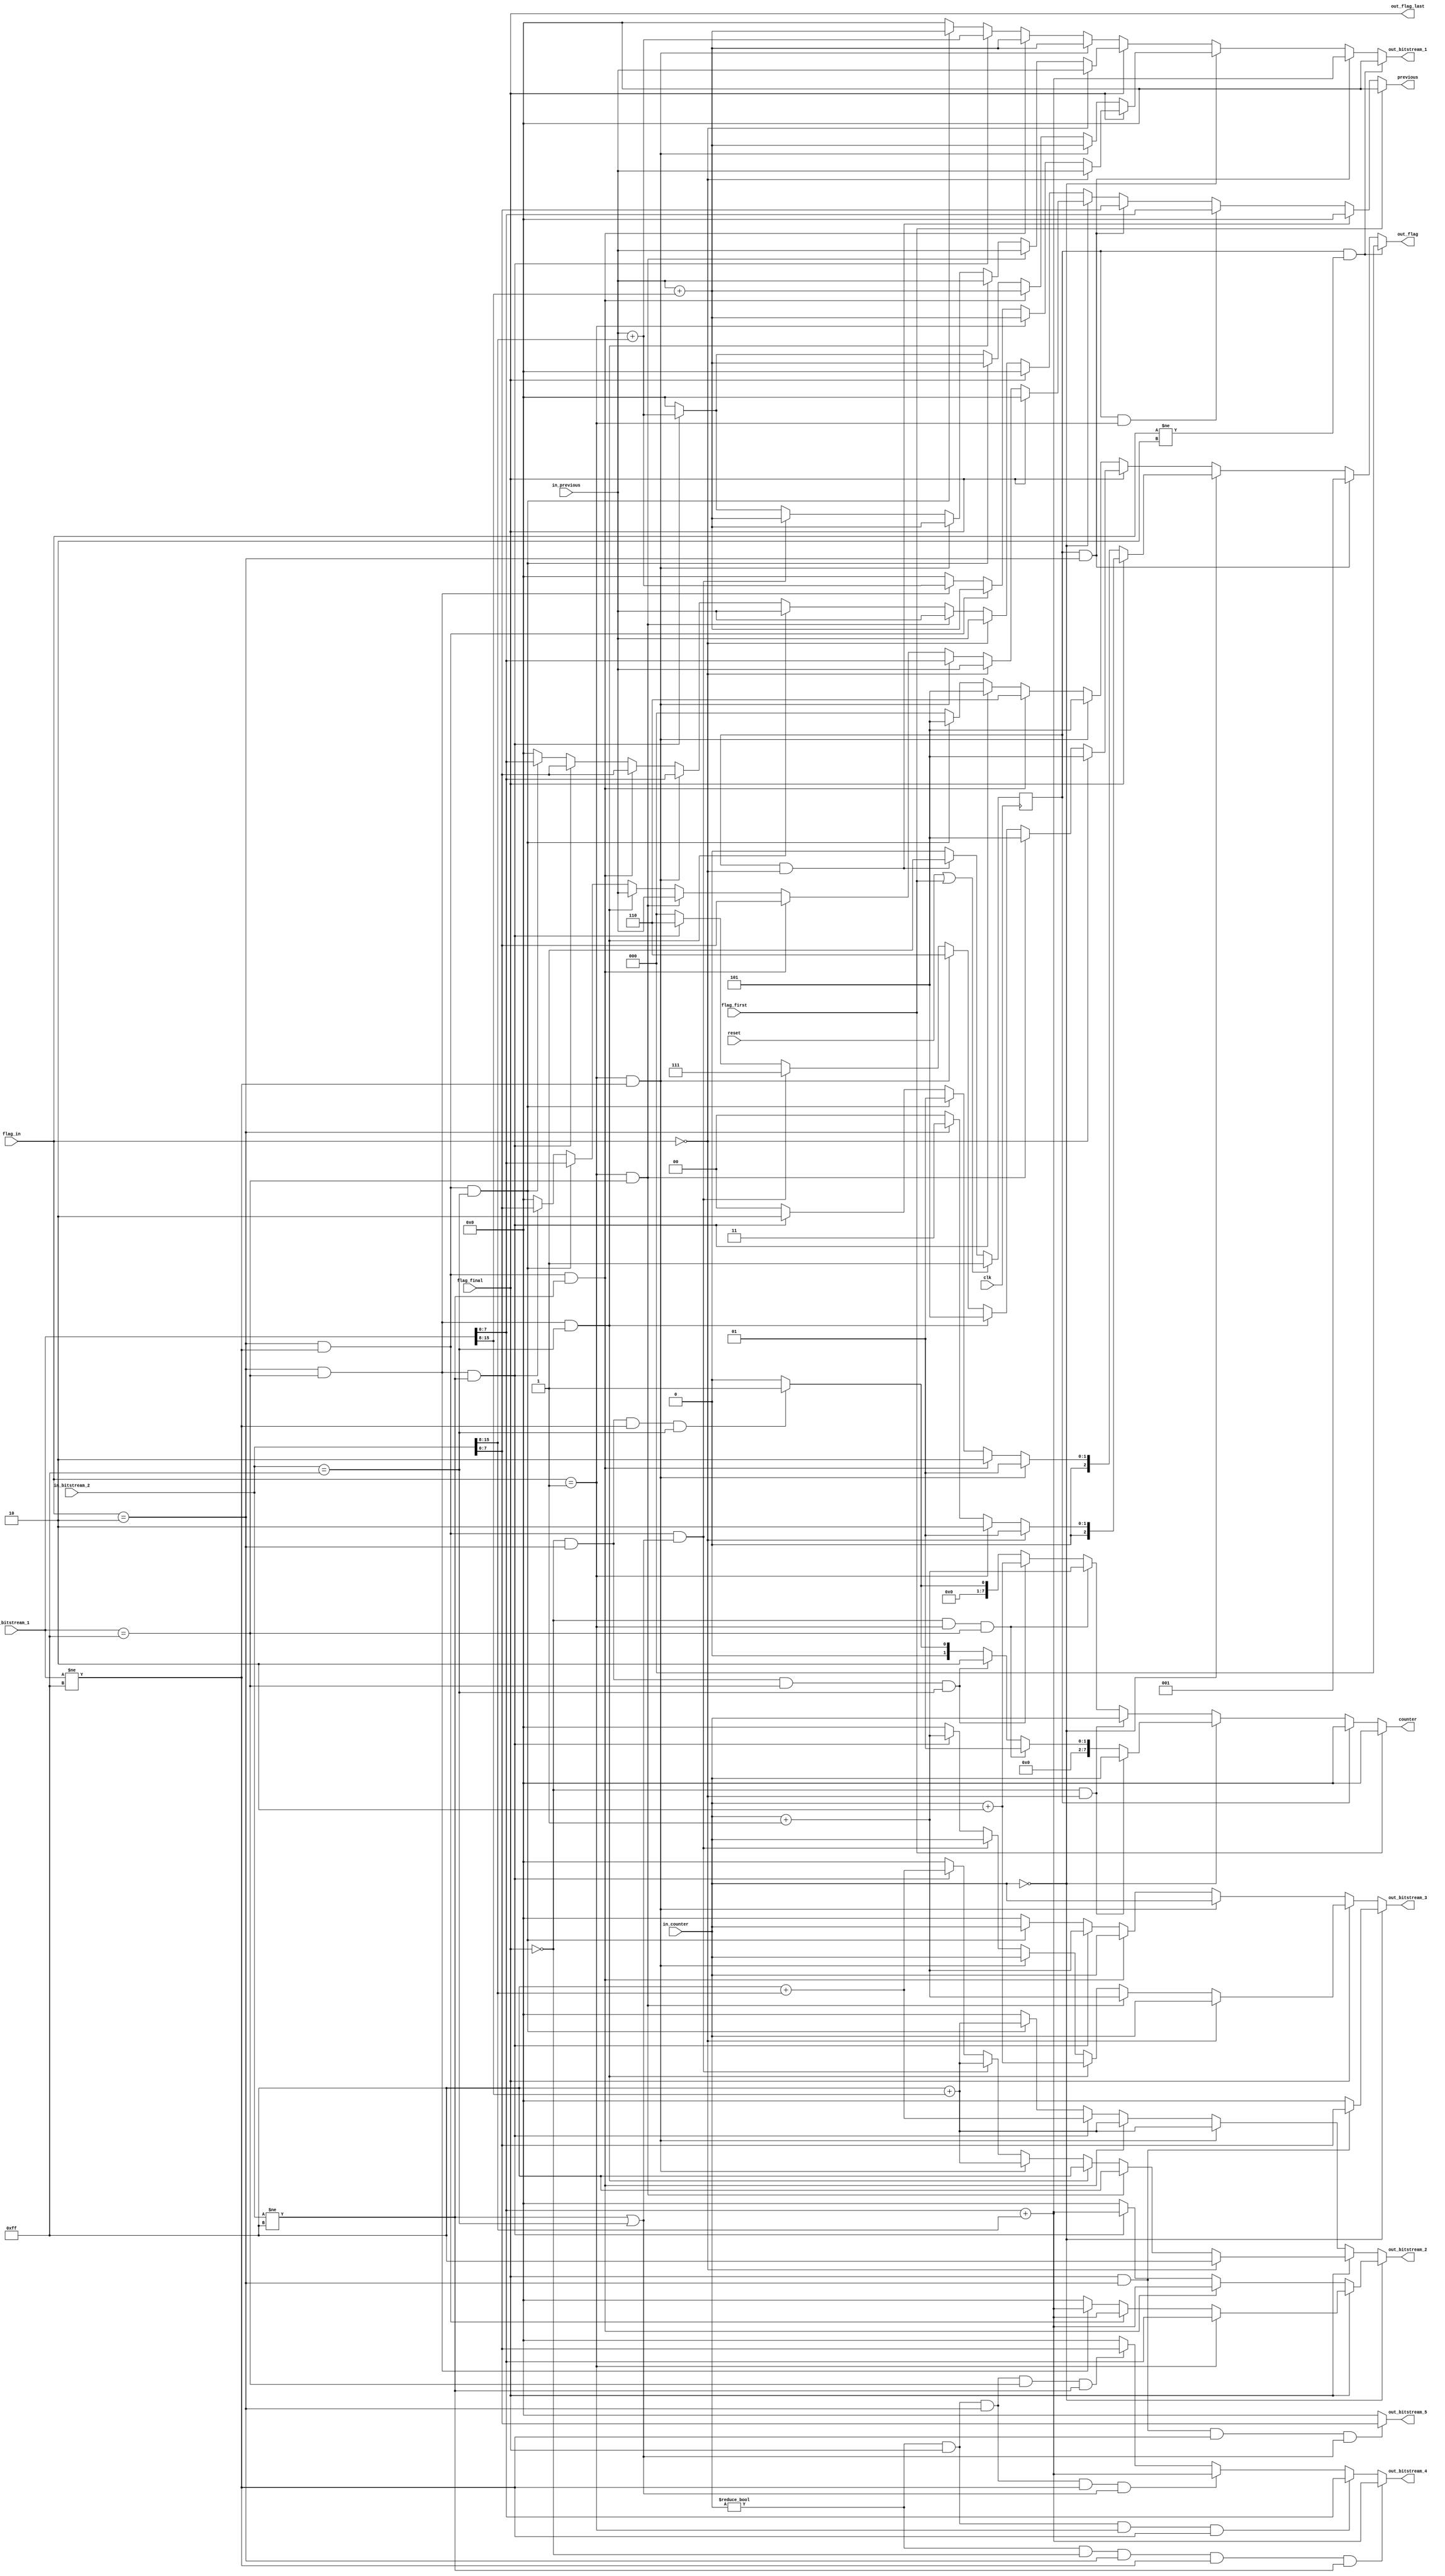
/*
In short, the stage 3 generates a 9-bit bitstream and the normal output for the architecture is 8-bit wide.
Therefore, stage 4 uses the 9th bit as a carry and propagate it into previous bitstreams generated.
For most of the cases, only one bitstream is affected (b[i-1]), where i corresponds to the current bitstream.
However, when the bitstream b[i-1] is 255 in decimal, the carry also affects b[i-2]
This architecture is responsible for:
  1 -> receive up to two 9-bit bitstreams per cycle and propagate the carry;
  2 -> when identifying 255, start counting the number of 255s received in sequence;
  3 -> The architecture generates up to five 8-bit bitstreams as outputs.
The architecture's behavior is describe in:
  https://docs.google.com/spreadsheets/d/1TxM0V8Arepv4CVbWq-B_VGT77I1iNx7inVRwQACSpPo/edit?usp=sharing
*/
module carry_propagation #(
  parameter OUTPUT_DATA_WIDTH = 8,
  parameter INPUT_DATA_WIDTH = 16
  ) (
    input clk, reset,
    input [1:0] flag_in,       // 01: save only bit_1; 10: save both
    input flag_final, flag_first,
    input [(OUTPUT_DATA_WIDTH-1):0] in_counter, in_previous,
    /*
    Bitstreams:
      in_bitstream_1- first and sometimes the only,
      in_bitstream_2- only used when 2 bitstreams are being generated
    */
    input [(INPUT_DATA_WIDTH-1):0] in_bitstream_1, in_bitstream_2,
    output wire [(OUTPUT_DATA_WIDTH-1):0] previous, counter,
    output wire [(OUTPUT_DATA_WIDTH-1):0] out_bitstream_1, out_bitstream_2,
    output wire [(OUTPUT_DATA_WIDTH-1):0] out_bitstream_3, out_bitstream_4,
    output wire [(OUTPUT_DATA_WIDTH-1):0] out_bitstream_5,
    output wire [2:0] out_flag,
    output wire out_flag_last
  );
  assign out_flag_last = flag_final;

  // Internal variables
  reg reg_1st_bitstream;
  wire flag_1st_bitstream;
  /*
  The reg_1st_bitstream goes to 1 with reset and when the first bitstream finally reaches the Stage 4,
  the reg_1st_bitstream goes to 0.
  reg_1st_bitstream avoid the counter to start counting when the first bitstream is 255.
  All variables with suffix _c0 are used when counter == 0
  In the other hand, suffix _c1 is used with counter != 0
  When the variable has a suffix _final or _not_final, it means that it considers the flag_final
  */
  wire [(OUTPUT_DATA_WIDTH-1):0] previous_c0, previous_c1;
  wire [(OUTPUT_DATA_WIDTH-1):0] counter_c0, counter_c1;
  wire [(OUTPUT_DATA_WIDTH-1):0] out_1_c0, out_1_c1, out_1_c0_final;
  wire [(OUTPUT_DATA_WIDTH-1):0] out_1_c0_not_final, out_1_c1_not_final;
  wire [(OUTPUT_DATA_WIDTH-1):0] out_1_c1_final;
  wire [(OUTPUT_DATA_WIDTH-1):0] out_2_c0, out_2_c1, out_2_c0_final;
  wire [(OUTPUT_DATA_WIDTH-1):0] out_2_c0_not_final, out_2_c1_not_final;
  wire [(OUTPUT_DATA_WIDTH-1):0] out_2_c1_final;
  wire [(OUTPUT_DATA_WIDTH-1):0] out_3_c0, out_3_c1, out_3_c0_final;
  wire [(OUTPUT_DATA_WIDTH-1):0] out_3_c0_not_final, out_3_c1_not_final;
  wire [(OUTPUT_DATA_WIDTH-1):0] out_3_c1_final;
  wire [(OUTPUT_DATA_WIDTH-1):0] out_4_c1, out_5_c1;
  wire [2:0] flag_c0, flag_c1, flag_c0_final, flag_c0_not_final, flag_c1_final;
  wire [2:0] flag_c1_not_final;

  always @ (posedge clk) begin
    if(reset || flag_first)
      reg_1st_bitstream <= 1'b1;
    else
      reg_1st_bitstream <= flag_1st_bitstream;
  end

  // The explanation for this variable in locate where the variable is declared
  assign flag_1st_bitstream = ((reg_1st_bitstream) && (flag_in == 0)) ? 1'b1 :
                              1'b0;

  assign previous = (flag_first) ? 8'd0 :
                    ((reg_1st_bitstream) && (flag_in == 0)) ? 8'd0 :
                    ((reg_1st_bitstream) && (flag_in == 1)) ? in_bitstream_1[(OUTPUT_DATA_WIDTH-1):0] :
                    ((reg_1st_bitstream) && (flag_in == 2)) ? in_bitstream_2[(OUTPUT_DATA_WIDTH-1):0] :
                    (in_counter == 8'd0) ? previous_c0 :
                    previous_c1;

  assign counter =  (flag_first) ? 8'd0 :
                    (reg_1st_bitstream) ? 8'd0 :
                    (in_counter == 8'd0) ? counter_c0 :
                    counter_c1;

  assign out_bitstream_1 =  ((reg_1st_bitstream) && (flag_in != 2)) ? 8'd0 :
                            ((reg_1st_bitstream) && (flag_in == 2)) ? in_bitstream_1[(OUTPUT_DATA_WIDTH-1):0] + in_bitstream_2[(INPUT_DATA_WIDTH-1):OUTPUT_DATA_WIDTH] :
                            (in_counter == 8'd0) ? out_1_c0 :
                            out_1_c1;
  assign out_bitstream_2 =  (in_counter == 8'd0) ? out_2_c0 :
                            out_2_c1;
  assign out_bitstream_3 =  (in_counter == 8'd0) ? out_3_c0 :
                            out_3_c1;

  assign out_flag = ((reg_1st_bitstream) && (flag_in != 2)) ? 3'd0 :
                    ((reg_1st_bitstream) && (flag_in == 2)) ? 3'd1 :
                    (in_counter == 8'd0) ? flag_c0 :
                    flag_c1;

  // -------------------------------------
  assign out_bitstream_4 =  ((in_counter != 0) && (!flag_final) && (flag_in == 2) && (in_bitstream_1 != 255) && (in_bitstream_2 != 255)) ? in_bitstream_1[(OUTPUT_DATA_WIDTH-1):0] + in_bitstream_2[(INPUT_DATA_WIDTH-1):OUTPUT_DATA_WIDTH] :
                            ((in_counter != 0) && (flag_final) && (flag_in == 1) && (in_bitstream_1 != 255)) ? in_bitstream_1[(OUTPUT_DATA_WIDTH-1):0] :
                            ((in_counter != 0) && (flag_final) && (flag_in == 2) && (in_bitstream_1 != 255) && ((in_bitstream_2 != 255) || (in_bitstream_2 == 255))) ? in_bitstream_1[(OUTPUT_DATA_WIDTH-1):0] + in_bitstream_2[(INPUT_DATA_WIDTH-1):OUTPUT_DATA_WIDTH] :
                            ((in_counter != 0) && (flag_final) && (flag_in == 2) && (in_bitstream_1 == 255) && (in_bitstream_2 != 255)) ? in_bitstream_2[(OUTPUT_DATA_WIDTH-1):0] :
                            8'd0;

  assign out_bitstream_5 =  ((flag_final) && (flag_in == 2) && (in_bitstream_1 != 255) && ((in_bitstream_2 == 255) || (in_bitstream_2 != 255))) ? in_bitstream_2[(OUTPUT_DATA_WIDTH-1):0] :
                            8'd0;
  // -------------------------------------
  assign previous_c0 =  (flag_final) ? 8'd0 :
                        (flag_in == 0) ? in_previous :
                        ((flag_in == 1) && (in_bitstream_1 != 255)) ? in_bitstream_1[(OUTPUT_DATA_WIDTH-1):0] :
                        ((flag_in == 2) && (in_bitstream_1 != 255) && (in_bitstream_2 != 255)) ? in_bitstream_2[(OUTPUT_DATA_WIDTH-1):0] :
                        ((flag_in == 1) && (in_bitstream_1 == 255)) ? in_previous :
                        ((flag_in == 2) && (in_bitstream_1 == 255) && (in_bitstream_2 == 255)) ? in_previous :
                        ((flag_in == 2) && (in_bitstream_1 != 255) && (in_bitstream_2 == 255)) ? in_bitstream_1[(OUTPUT_DATA_WIDTH-1):0] :
                        ((flag_in == 2) && (in_bitstream_1 == 255) && (in_bitstream_2 != 255)) ? in_bitstream_2[(OUTPUT_DATA_WIDTH-1):0] :
                        8'd0;

  assign previous_c1 =  (flag_final) ? 8'd0 :
                        (flag_in == 0) ? in_previous :
                        ((flag_in == 1) && (in_bitstream_1 == 255)) ? in_previous :
                        ((flag_in == 2) && (in_bitstream_1 == 255) && (in_bitstream_2 == 255)) ? in_previous :
                        ((flag_in == 1) && (in_bitstream_1 != 255)) ? in_bitstream_1[(OUTPUT_DATA_WIDTH-1):0] :
                        ((flag_in == 2) && (in_bitstream_1 != 255) && (in_bitstream_2 != 255)) ? in_bitstream_2[(OUTPUT_DATA_WIDTH-1):0] :
                        ((flag_in == 2) && (in_bitstream_1 == 255) && (in_bitstream_2 != 255)) ? in_bitstream_2[(OUTPUT_DATA_WIDTH-1):0] :
                        ((flag_in == 2) && (in_bitstream_1 != 255) && (in_bitstream_2 == 255)) ? in_bitstream_1[(OUTPUT_DATA_WIDTH-1):0] :
                        8'd0;
  // -------------------------------------
  assign counter_c0 = ((!flag_final) && (flag_in == 0)) ? in_counter :
                      ((!flag_final) && (flag_in == 1) && (in_bitstream_1 == 255)) ? 8'd1 :
                      ((!flag_final) && (flag_in == 2) && (in_bitstream_1 == 255) && (in_bitstream_2 == 255)) ? 8'd2 :
                      ((!flag_final) && (flag_in == 2) && (in_bitstream_1 != 255) && (in_bitstream_2 == 255)) ? 8'd1 :
                      8'd0;

  assign counter_c1 = ((!flag_final) && (flag_in == 0)) ? in_counter :
                      ((!flag_final) && (flag_in == 1) && (in_bitstream_1 == 255)) ? in_counter + 8'd1 :
                      ((!flag_final) && (flag_in == 2) && (in_bitstream_1 == 255) && (in_bitstream_2 == 255)) ? in_counter + 8'd2 :
                      ((!flag_final) && (flag_in == 2) && (in_bitstream_1 != 255) && (in_bitstream_2 == 255)) ? 8'd1 :
                      8'd0;
  // -------------------------------------
  assign out_1_c0 = (flag_final) ? out_1_c0_final :
                    out_1_c0_not_final;
  assign out_1_c1 = (flag_final) ? out_1_c1_final :
                    out_1_c1_not_final;

  assign out_2_c0 = (flag_final) ? out_2_c0_final :
                    out_2_c0_not_final;
  assign out_2_c1 = (flag_final) ? out_2_c1_final :
                    out_2_c1_not_final;

  assign out_3_c0 = ((flag_final) && (flag_in == 2)) ? in_bitstream_2[(OUTPUT_DATA_WIDTH-1):0] :
                    8'd0;
  assign out_3_c1 = (flag_final) ? out_3_c1_final :
                    out_3_c1_not_final;
  assign flag_c0 =  (flag_final) ? flag_c0_final :
                    flag_c0_not_final;
  assign flag_c1 =  (flag_final) ? flag_c1_final :
                    flag_c1_not_final;
  // -------------------------------------

  assign out_1_c0_not_final = ((flag_in == 1) && (in_bitstream_1 != 255)) ? in_previous + in_bitstream_1[(INPUT_DATA_WIDTH-1):OUTPUT_DATA_WIDTH] :
                              ((flag_in == 2) && (in_bitstream_1 != 255) && (in_bitstream_2 != 255)) ? in_previous + in_bitstream_1[(INPUT_DATA_WIDTH-1):OUTPUT_DATA_WIDTH] :
                              ((flag_in == 2) && (in_bitstream_1 != 255) && (in_bitstream_2 == 255)) ? in_previous + in_bitstream_1[(INPUT_DATA_WIDTH-1):OUTPUT_DATA_WIDTH] :
                              ((flag_in == 2) && (in_bitstream_1 == 255) && (in_bitstream_2 != 255)) ? in_previous + in_bitstream_2[(INPUT_DATA_WIDTH-1):OUTPUT_DATA_WIDTH] :
                              8'd0;
  assign out_1_c0_final = (flag_in == 0) ? in_previous :
                          (flag_in == 1) ? in_previous + in_bitstream_1[(INPUT_DATA_WIDTH-1):OUTPUT_DATA_WIDTH] :
                          ((flag_in == 2) && (in_bitstream_1 != 255)) ? in_previous + in_bitstream_1[(INPUT_DATA_WIDTH-1):OUTPUT_DATA_WIDTH] :
                          ((flag_in == 2) && (in_bitstream_1 == 255)) ? in_previous + in_bitstream_2[(INPUT_DATA_WIDTH-1):OUTPUT_DATA_WIDTH] :
                          8'd0;

  assign out_1_c1_not_final = ((flag_in == 1) && (in_bitstream_1 != 255)) ? in_previous + in_bitstream_1[(INPUT_DATA_WIDTH-1):OUTPUT_DATA_WIDTH] :
                              ((flag_in == 2) && (in_bitstream_1 != 255) && (in_bitstream_2 != 255)) ? in_previous + in_bitstream_1[(INPUT_DATA_WIDTH-1):OUTPUT_DATA_WIDTH] :
                              ((flag_in == 2) && (in_bitstream_1 == 255) && (in_bitstream_2 != 255)) ? in_previous + in_bitstream_2[(INPUT_DATA_WIDTH-1):OUTPUT_DATA_WIDTH] :
                              ((flag_in == 2) && (in_bitstream_1 != 255) && (in_bitstream_2 == 255)) ? in_previous + in_bitstream_1[(INPUT_DATA_WIDTH-1):OUTPUT_DATA_WIDTH] :
                              8'd0;
  assign out_1_c1_final = (flag_in == 0) ? in_previous :
                          ((flag_in == 1) && (in_bitstream_1 == 255)) ? in_previous :
                          ((flag_in == 2) && (in_bitstream_1 == 255) && (in_bitstream_2 == 255)) ? in_previous :
                          ((flag_in == 1) && (in_bitstream_1 != 255)) ? in_previous + in_bitstream_1[(INPUT_DATA_WIDTH-1):OUTPUT_DATA_WIDTH] :
                          ((flag_in == 2) && (in_bitstream_1 != 255) && ((in_bitstream_2 != 255) || (in_bitstream_2 == 255))) ? in_previous + in_bitstream_1[(INPUT_DATA_WIDTH-1):OUTPUT_DATA_WIDTH] :
                          ((flag_in == 2) && (in_bitstream_1 == 255) && (in_bitstream_2 != 255)) ? in_previous + in_bitstream_2[(INPUT_DATA_WIDTH-1):OUTPUT_DATA_WIDTH] :
                          8'd0;
  // -------------------------------------
  assign out_2_c0_not_final = ((flag_in == 2) && (in_bitstream_1 != 255) && (in_bitstream_2 != 255)) ? in_bitstream_1[(OUTPUT_DATA_WIDTH-1):0] + in_bitstream_2[(INPUT_DATA_WIDTH-1):OUTPUT_DATA_WIDTH] :
                              ((flag_in == 2) && (in_bitstream_1 == 255) && (in_bitstream_2 != 255)) ? in_bitstream_1[(OUTPUT_DATA_WIDTH-1):0] + in_bitstream_2[(INPUT_DATA_WIDTH-1):OUTPUT_DATA_WIDTH] :
                              8'd0;
  assign out_2_c0_final = (flag_in == 1) ? in_bitstream_1[(OUTPUT_DATA_WIDTH-1):0] :
                          ((flag_in == 2) && (in_bitstream_1 != 255)) ? in_bitstream_1[(OUTPUT_DATA_WIDTH-1):0] + in_bitstream_2[(INPUT_DATA_WIDTH-1):OUTPUT_DATA_WIDTH] :
                          ((flag_in == 2) && (in_bitstream_1 == 255)) ? in_bitstream_1[(OUTPUT_DATA_WIDTH-1):0] + in_bitstream_2[(INPUT_DATA_WIDTH-1):OUTPUT_DATA_WIDTH] :
                          8'd0;

  assign out_2_c1_not_final = ((flag_in == 1) && (in_bitstream_1 != 255)) ? 8'd255 + in_bitstream_1[(INPUT_DATA_WIDTH-1):OUTPUT_DATA_WIDTH] :
                              ((flag_in == 2) && (in_bitstream_1 != 255) && (in_bitstream_2 != 255)) ? 8'd255 + in_bitstream_1[(INPUT_DATA_WIDTH-1):OUTPUT_DATA_WIDTH] :
                              ((flag_in == 2) && (in_bitstream_1 == 255) && (in_bitstream_2 != 255)) ? 8'd255 + in_bitstream_2[(INPUT_DATA_WIDTH-1):OUTPUT_DATA_WIDTH] :
                              ((flag_in == 2) && (in_bitstream_1 != 255) && (in_bitstream_2 == 255)) ? 8'd255 + in_bitstream_1[(INPUT_DATA_WIDTH-1):OUTPUT_DATA_WIDTH] :
                              8'd0;
  assign out_2_c1_final = (flag_in == 0) ? 8'd255 :
                          ((flag_in == 1) && (in_bitstream_1 == 255)) ? 8'd255 :
                          ((flag_in == 2) && (in_bitstream_1 == 255) && (in_bitstream_2 == 255)) ? 8'd255 :
                          ((flag_in == 1) && (in_bitstream_1 != 255)) ? 8'd255 + in_bitstream_1[(INPUT_DATA_WIDTH-1):OUTPUT_DATA_WIDTH] :
                          ((flag_in == 2) && (in_bitstream_1 != 255) && ((in_bitstream_2 == 255) || (in_bitstream_2 != 255))) ? 8'd255 + in_bitstream_1[(INPUT_DATA_WIDTH-1):OUTPUT_DATA_WIDTH] :
                          ((flag_in == 2) && (in_bitstream_1 == 255) && (in_bitstream_2 != 255)) ? 8'd255 + in_bitstream_2[(INPUT_DATA_WIDTH-1):OUTPUT_DATA_WIDTH] :
                          8'd0;

  // -------------------------------------

  assign out_3_c1_not_final = ((flag_in == 1) && (in_bitstream_1 != 255)) ? in_counter :
                              ((flag_in == 2) && (in_bitstream_1 != 255) && (in_bitstream_2 != 255)) ? in_counter :
                              ((flag_in == 2) && (in_bitstream_1 == 255) && (in_bitstream_2 != 255)) ? in_counter + 8'd1 :
                              ((flag_in == 2) && (in_bitstream_1 != 255) && (in_bitstream_2 == 255)) ? in_counter :
                              8'd0;
  assign out_3_c1_final = (flag_in == 0) ? in_counter :
                          ((flag_in == 1) && (in_bitstream_1 == 255)) ? in_counter + 8'd1 :
                          ((flag_in == 2) && (in_bitstream_1 == 255) && (in_bitstream_2 == 255)) ? in_counter + 8'd2 :
                          ((flag_in == 1) && (in_bitstream_1 != 255)) ? in_counter :
                          ((flag_in == 2) && (in_bitstream_1 != 255) && ((in_bitstream_2 == 255) || (in_bitstream_2 != 255))) ? in_counter :
                          ((flag_in == 2) && (in_bitstream_1 == 255) && (in_bitstream_2 != 255)) ? in_counter + 8'd1 :
                          8'd0;

  // -------------------------------------

  assign flag_c0_not_final =  ((flag_in == 1) && (in_bitstream_1 != 255)) ? 3'b001 :
                              ((flag_in == 2) && (in_bitstream_1 != 255) && (in_bitstream_2 != 255)) ? 3'b010 :
                              ((flag_in == 2) && (in_bitstream_1 != 255) && (in_bitstream_2 == 255)) ? 3'b001 :
                              ((flag_in == 2) && (in_bitstream_1 == 255) && (in_bitstream_2 != 255)) ? 3'b010 :
                              3'b000;
  assign flag_c0_final =  (flag_in == 0) ? 3'b001 :
                          (flag_in == 1) ? 3'b010 :
                          (flag_in == 2) ? 3'b011 :
                          3'b000;


  assign flag_c1_not_final =  ((flag_in == 1) && (in_bitstream_1 != 255)) ? 3'b101 :
                              ((flag_in == 2) && (in_bitstream_1 != 255) && (in_bitstream_2 != 255)) ? 3'b110 :
                              ((flag_in == 2) && (in_bitstream_1 == 255) && (in_bitstream_2 != 255)) ? 3'b101 :
                              ((flag_in == 2) && (in_bitstream_1 != 255) && (in_bitstream_2 == 255)) ? 3'b101 :
                              3'b000;

  assign flag_c1_final =  (flag_in == 0) ? 3'b101 :
                          ((flag_in == 1) && (in_bitstream_1 == 255)) ? 3'b101 :
                          ((flag_in == 2) && (in_bitstream_1 == 255) && (in_bitstream_2 == 255)) ? 3'b101 :
                          ((flag_in == 1) && (in_bitstream_1 != 255)) ? 3'b110 :
                          ((flag_in == 2) && (in_bitstream_1 != 255) && ((in_bitstream_2 != 255) || (in_bitstream_2 == 255))) ? 3'b111 :
                          ((flag_in == 2) && (in_bitstream_1 == 255) && (in_bitstream_2 != 255)) ? 3'b110 :
                          3'b000;
endmodule